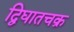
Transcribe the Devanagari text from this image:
द्विघातचक्र